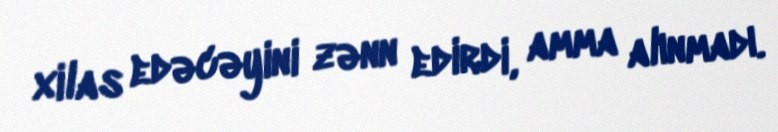
xilas edəcəyini zənn edirdi, amma alınmadı.